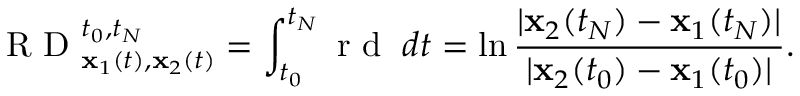
\mathrm { ~ R ~ D ~ } _ { { \mathbf x } _ { 1 } ( t ) , { \mathbf x } _ { 2 } ( t ) } ^ { t _ { 0 } , t _ { N } } = \int _ { t _ { 0 } } ^ { t _ { N } } \mathrm { ~ r ~ d ~ } \; d t = \ln \frac { | { \mathbf x } _ { 2 } ( t _ { N } ) - { \mathbf x } _ { 1 } ( t _ { N } ) | } { | { \mathbf x } _ { 2 } ( t _ { 0 } ) - { \mathbf x } _ { 1 } ( t _ { 0 } ) | } .